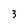
Character: 3